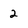
Character: 2